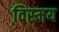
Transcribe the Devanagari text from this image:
विस्‍मय